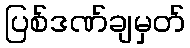
ပြစ်ဒဏ်ချမှတ်